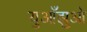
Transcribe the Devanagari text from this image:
युआँझुओ